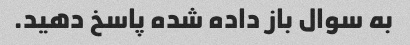
به سوال باز داده شده پاسخ دهید.